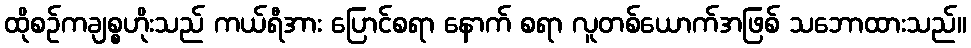
ထိုစဉ်ကချစ္စဟိုးသည် ကယ်ရီအား ပြောင်စရာ နောက် စရာ လူတစ်ယောက်အဖြစ် သဘောထားသည်။